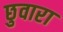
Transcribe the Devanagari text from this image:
छुवारा